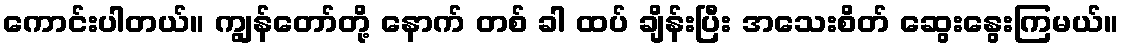
ကောင်းပါတယ်။ ကျွန်တော်တို့ နောက် တစ် ခါ ထပ် ချိန်းပြီး အသေးစိတ် ဆွေးနွေးကြမယ်။